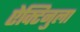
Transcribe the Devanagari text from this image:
ऐक्टिनुला